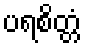
ပရစိတ္တံ